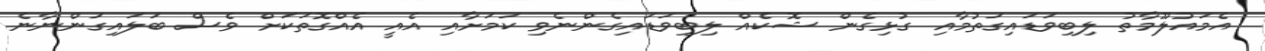
އެމައުލޫމާތު ލިބިވަޑައިގަތުމާއި ގުޅިގެން ޝޮކެއް ލިބިވަޑައިގެންނެވި ކަމަށާއި އެއީ އެއްގޮތަކަށް ވެސް ބަލައިގަންނާނެ